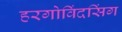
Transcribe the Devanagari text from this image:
हरगोविंदसिंग